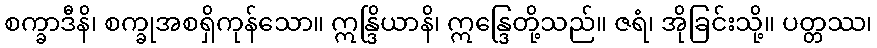
စက္ခာဒီနိ၊ စက္ခုအစရှိကုန်သော။ ဣန္ဒြိယာနိ၊ ဣန္ဒြေတို့သည်။ ဇရံ၊ အိုခြင်းသို့။ ပတ္တဿ၊